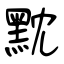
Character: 黕